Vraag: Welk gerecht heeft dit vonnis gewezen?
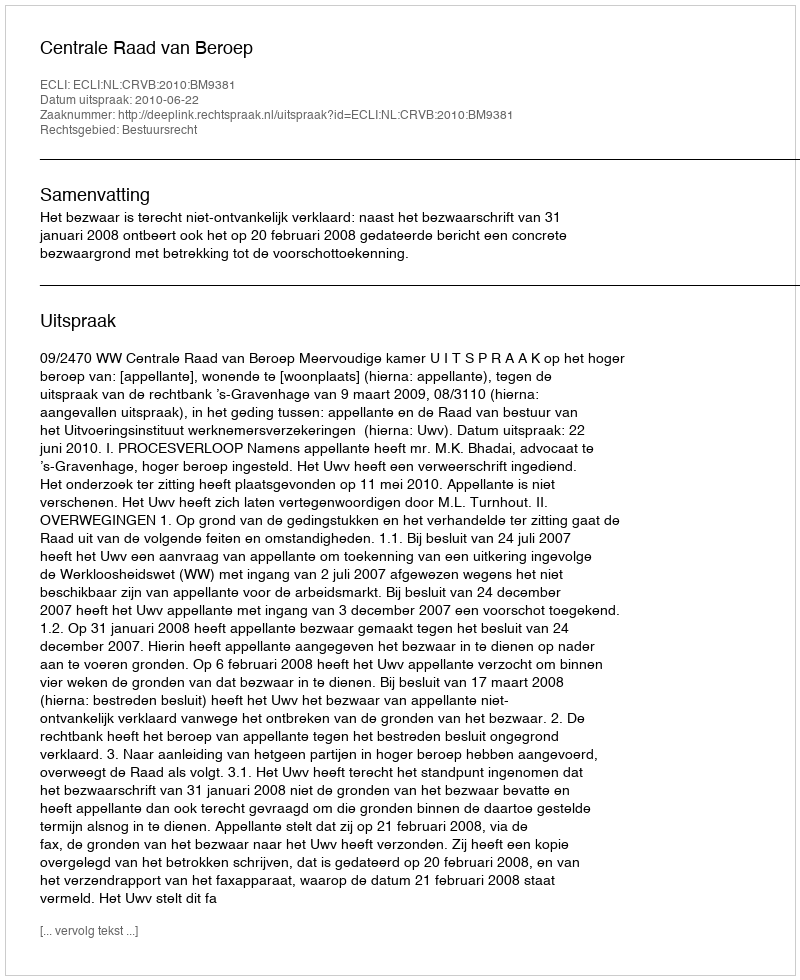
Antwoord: Centrale Raad van Beroep